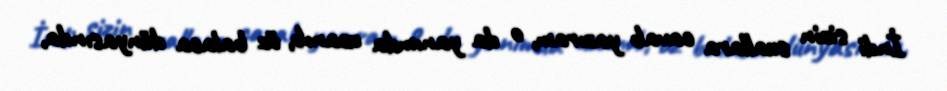
İndi sizin suallara cavab yazıram, o da yanımda uzanıb, öz balaca dünyasında,